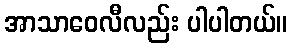
အာသာဝေလီလည်း ပါပါတယ်။